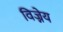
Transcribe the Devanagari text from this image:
विज्नेय